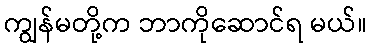
ကျွန်မတို့က ဘာကိုဆောင်ရ မယ်။